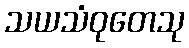
သယသံဝုတေသု